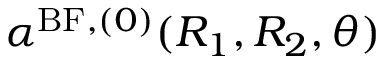
\alpha ^ { \mathrm { B F } , ( 0 ) } ( R _ { 1 } , R _ { 2 } , \theta )